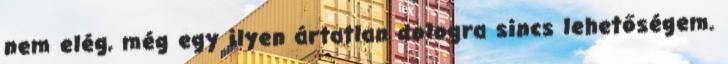
nem elég, még egy ilyen ártatlan dologra sincs lehetőségem.